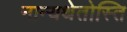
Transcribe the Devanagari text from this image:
नान्यथेतोस्ति